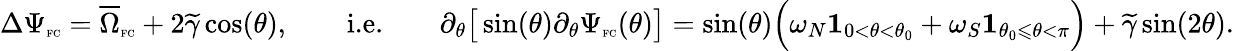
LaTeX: \Delta\Psi_{\textnormal{\tiny{FC}}}=\overline{{\Omega}}_{\textnormal{\tiny{FC}}}+2\widetilde{\gamma}\cos(\theta),\qquad\textnormal{i.e.}\qquad\partial_{\theta}\big[\sin(\theta)\partial_{\theta}\Psi_{\textnormal{\tiny{FC}}}(\theta)\big]=\sin(\theta)\Big(\omega_{N}\mathbf{1}_{0<\theta<\theta_{0}}+\omega_{S}\mathbf{1}_{\theta_{0}\leqslant\theta<\pi}\Big)+\widetilde{\gamma}\sin(2\theta).